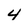
Character: 4